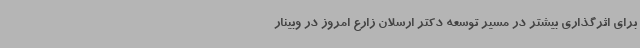
برای اثرگذاری بیشتر در مسیر توسعه دکتر ارسلان زارع امروز در وبینار